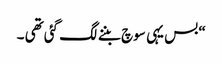
“ بس یہی سوچ بننے لگ گئی تھی ۔